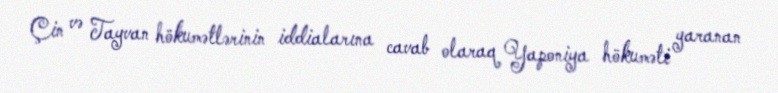
Çin və Tayvan hökumətlərinin iddialarına cavab olaraq Yaponiya hökuməti yaranan